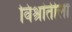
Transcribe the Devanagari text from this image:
विश्रांतीला